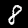
Label: 8